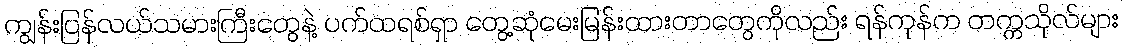
ကျွန်းပြန်လယ်သမားကြီးတွေနဲ့ ပက်ထရစ်ရှာ တွေ့ဆုံမေးမြန်းထားတာတွေကိုလည်း ရန်ကုန်က တက္ကသိုလ်များ